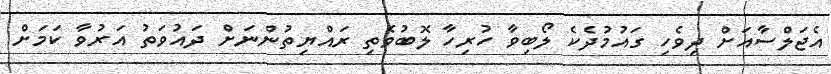
އެޖަލްސާއަށް ދިވެހި ގައުމުދެކެ ލޯބިވާ ހުރިހާ ލޮބުވެތި ރައްޔިތުންނަށް ދައުވަތު އަރުވާ ކަަމަށް